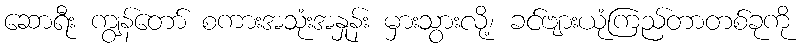
ဆောရီး ကျွန်တော် စကားအသုံးအနှုန်း မှားသွားလို့၊ ခင်ဗျားယုံကြည်တာတစ်ခုကို